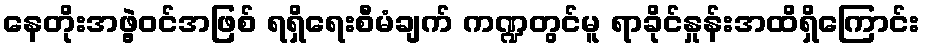
နေတိုးအဖွဲ့ဝင်အဖြစ် ရရှိရေးစီမံချက် ကဏ္ဍတွင်မူ ရာခိုင်နှုန်းအထိရှိကြောင်း